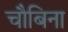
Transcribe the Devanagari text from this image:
चौबिना